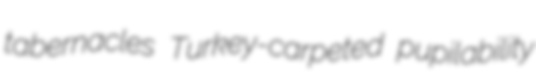
tabernacles Turkey-carpeted pupilability